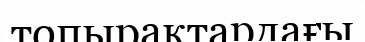
топырақтардағы